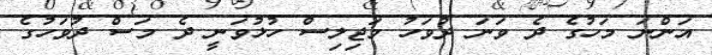
އަންނަ މަހުގެ ދެ ވަނަ ދުވަހު މަޖިލިސް ހުޅުވަނީ ދެ މަސް ދުވަހުގެ